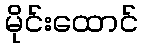
မိုင်းထောင်